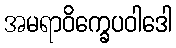
အမရာဝိက္ခေပဝါဒေါ